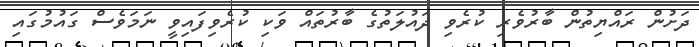
ދަށުން ރައްޔިތުން ބާރުވެރި ކުރެވި ދައުލަތުގެ ބާރުތައް ވަކި ކުރެވިފައިވީ ނަމަވެސް ގައުމުގައި